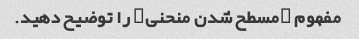
مفهوم "مسطح شدن منحنی" را توضیح دهید.